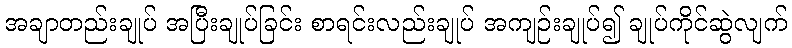
အချာတည်းချုပ် အပြီးချုပ်ခြင်း စာရင်းလည်းချုပ် အကျဉ်းချုပ်၍ ချုပ်ကိုင်ဆွဲလျက်